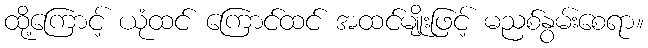
ထို့ကြောင့် ယုံထင် ကြောင်ထင် အထင်မျိုးဖြင့် မညစ်နွမ်းစေရာ။